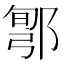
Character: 𨜬